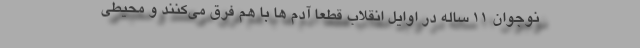
نوجوان 11 ساله در اوایل انقلاب قطعاً آدم ها با هم فرق می‌کنند و محیطی